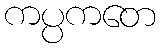
ကပ္ပကတေ